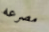
مصرعه